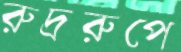
রুদ্ররুপে